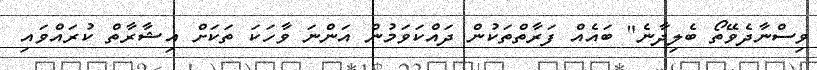
ވިސްނާދެވޭތޯ ބެލިދާނެ" ބައެއް ފަރާތްތަކުން ދައްކަވަމުން އަންނަ ވާހަކަ ތަކަށް އިޝާރާތް ކުރައްވައި